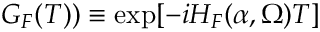
G _ { F } ( T ) ) \equiv \exp [ - i H _ { F } ( \alpha , \Omega ) T ]